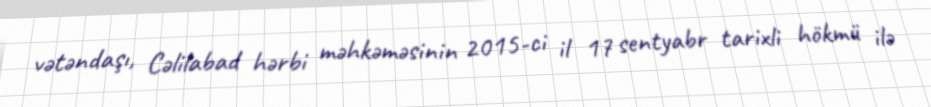
vətəndaşı, Cəlilabad hərbi məhkəməsinin 2015-ci il 17 sentyabr tarixli hökmü ilə